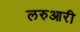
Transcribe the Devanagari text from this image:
लरुआरी